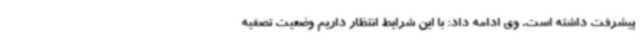
پیشرفت داشته است. وی ادامه داد: با این شرایط انتظار داریم وضعیت تصفیه